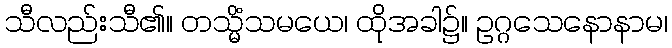
သီလည်းသီ၏။ တသ္မိံသမယေ၊ ထိုအခါ၌။ ဥဂ္ဂသေနောနာမ၊